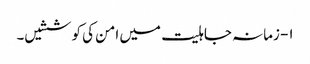
۱- زمانہ جاہلیت میں امن کی کوششیں۔